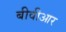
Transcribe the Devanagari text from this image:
बीवीआर